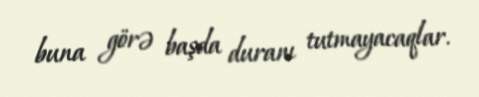
buna görə başda duranı tutmayacaqlar.